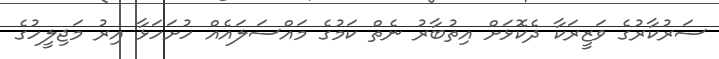
ސަރުކާރުގެ ވަޒީރަކާ ދެކޮޅަށް އިތުބާރު ނެތް ކަމުގެ މައްސަލައެއް ހުށަހަޅާ އިރު މަޖިލީހުގެ